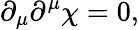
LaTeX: \partial_{\mu}\partial^{\mu}\chi=0,